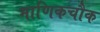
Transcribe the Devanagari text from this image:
माणिकचौक